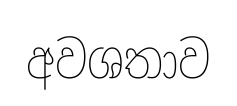
අවශතාව